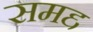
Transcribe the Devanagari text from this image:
समद्द